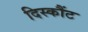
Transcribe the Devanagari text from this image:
दिस्कौंट